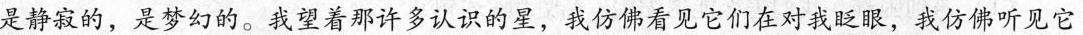
是静寂的，是梦幻的。我望着那许多认识的星，我仿佛看见它们在对我眨眼，我仿佛听见它